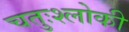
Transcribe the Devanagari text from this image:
चतुःश्लोकी